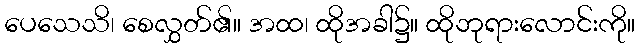
ပေသေသိ၊ စေလွှတ်၏။ အထ၊ ထိုအခါ၌။ ထိုဘုရားလောင်းကို။